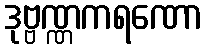
ဒုဗ္ဗဏ္ဏကရဏော